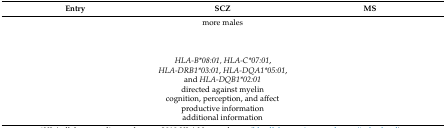
<table><thead><tr><td><b>Entry</b></td><td><b>SCZ</b></td><td><b>MS</b></td></tr></thead><tbody><tr><td>[EMPTY_CELL]</td><td>more males</td><td>[EMPTY_CELL]</td></tr><tr><td>[EMPTY_CELL]</td><td>[EMPTY_CELL]</td><td>[EMPTY_CELL]</td></tr><tr><td>[EMPTY_CELL]</td><td><i>HLA-B*08:01, HLA-C*07:01</i>, <i>HLA-DRB1*03:01</i>, <i>HLA-DQA1*05:01</i>, and <i>HLA-DQB1*02:01</i></td><td>[EMPTY_CELL]</td></tr><tr><td>[EMPTY_CELL]</td><td>directed against myelin </td><td>[EMPTY_CELL]</td></tr><tr><td>[EMPTY_CELL]</td><td>cognition, perception, and affect</td><td>[EMPTY_CELL]</td></tr><tr><td>[EMPTY_CELL]</td><td>productive informationadditional information</td><td>[EMPTY_CELL]</td></tr></tbody></table>